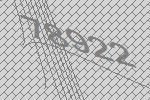
78922